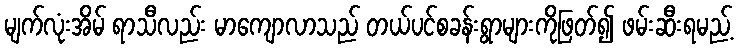
မျက်လုံးအိမ် ရာသီလည်း မာကျောလာသည် တယ်ပင်စခန်းရွာများကိုဖြတ်၍ ဖမ်းဆီးရမည့်